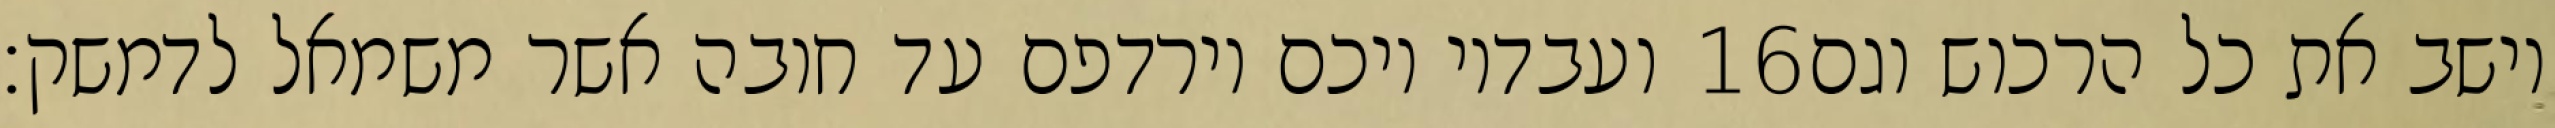
ועבדיו ויכם וירדפם עד חובה אשר משמאל לדמשק׃ ‎16‏ וישב את כל הרכוש וגם